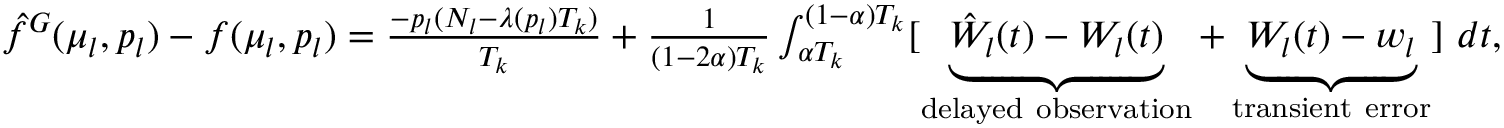
\begin{array} { r } { \hat { f } ^ { G } ( \mu _ { l } , p _ { l } ) - f ( \mu _ { l } , p _ { l } ) = \frac { - p _ { l } ( N _ { l } - \lambda ( p _ { l } ) T _ { k } ) } { T _ { k } } + \frac { 1 } { ( 1 - 2 \alpha ) T _ { k } } \int _ { \alpha T _ { k } } ^ { ( 1 - \alpha ) T _ { k } } [ \underbrace { \hat { W } _ { l } ( t ) - W _ { l } ( t ) } _ { \mathrm { d e l a y e d ~ o b s e r v a t i o n } } + \underbrace { W _ { l } ( t ) - w _ { l } } _ { \mathrm { t r a n s i e n t ~ e r r o r } } ] ~ d t , } \end{array}